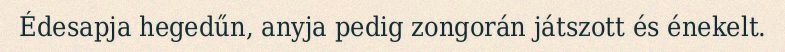
Édesapja hegedűn, anyja pedig zongorán játszott és énekelt.